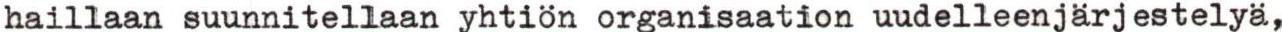
haillaan suunnitellaan yhtiön organisaation uudelleenjärjestelyä,